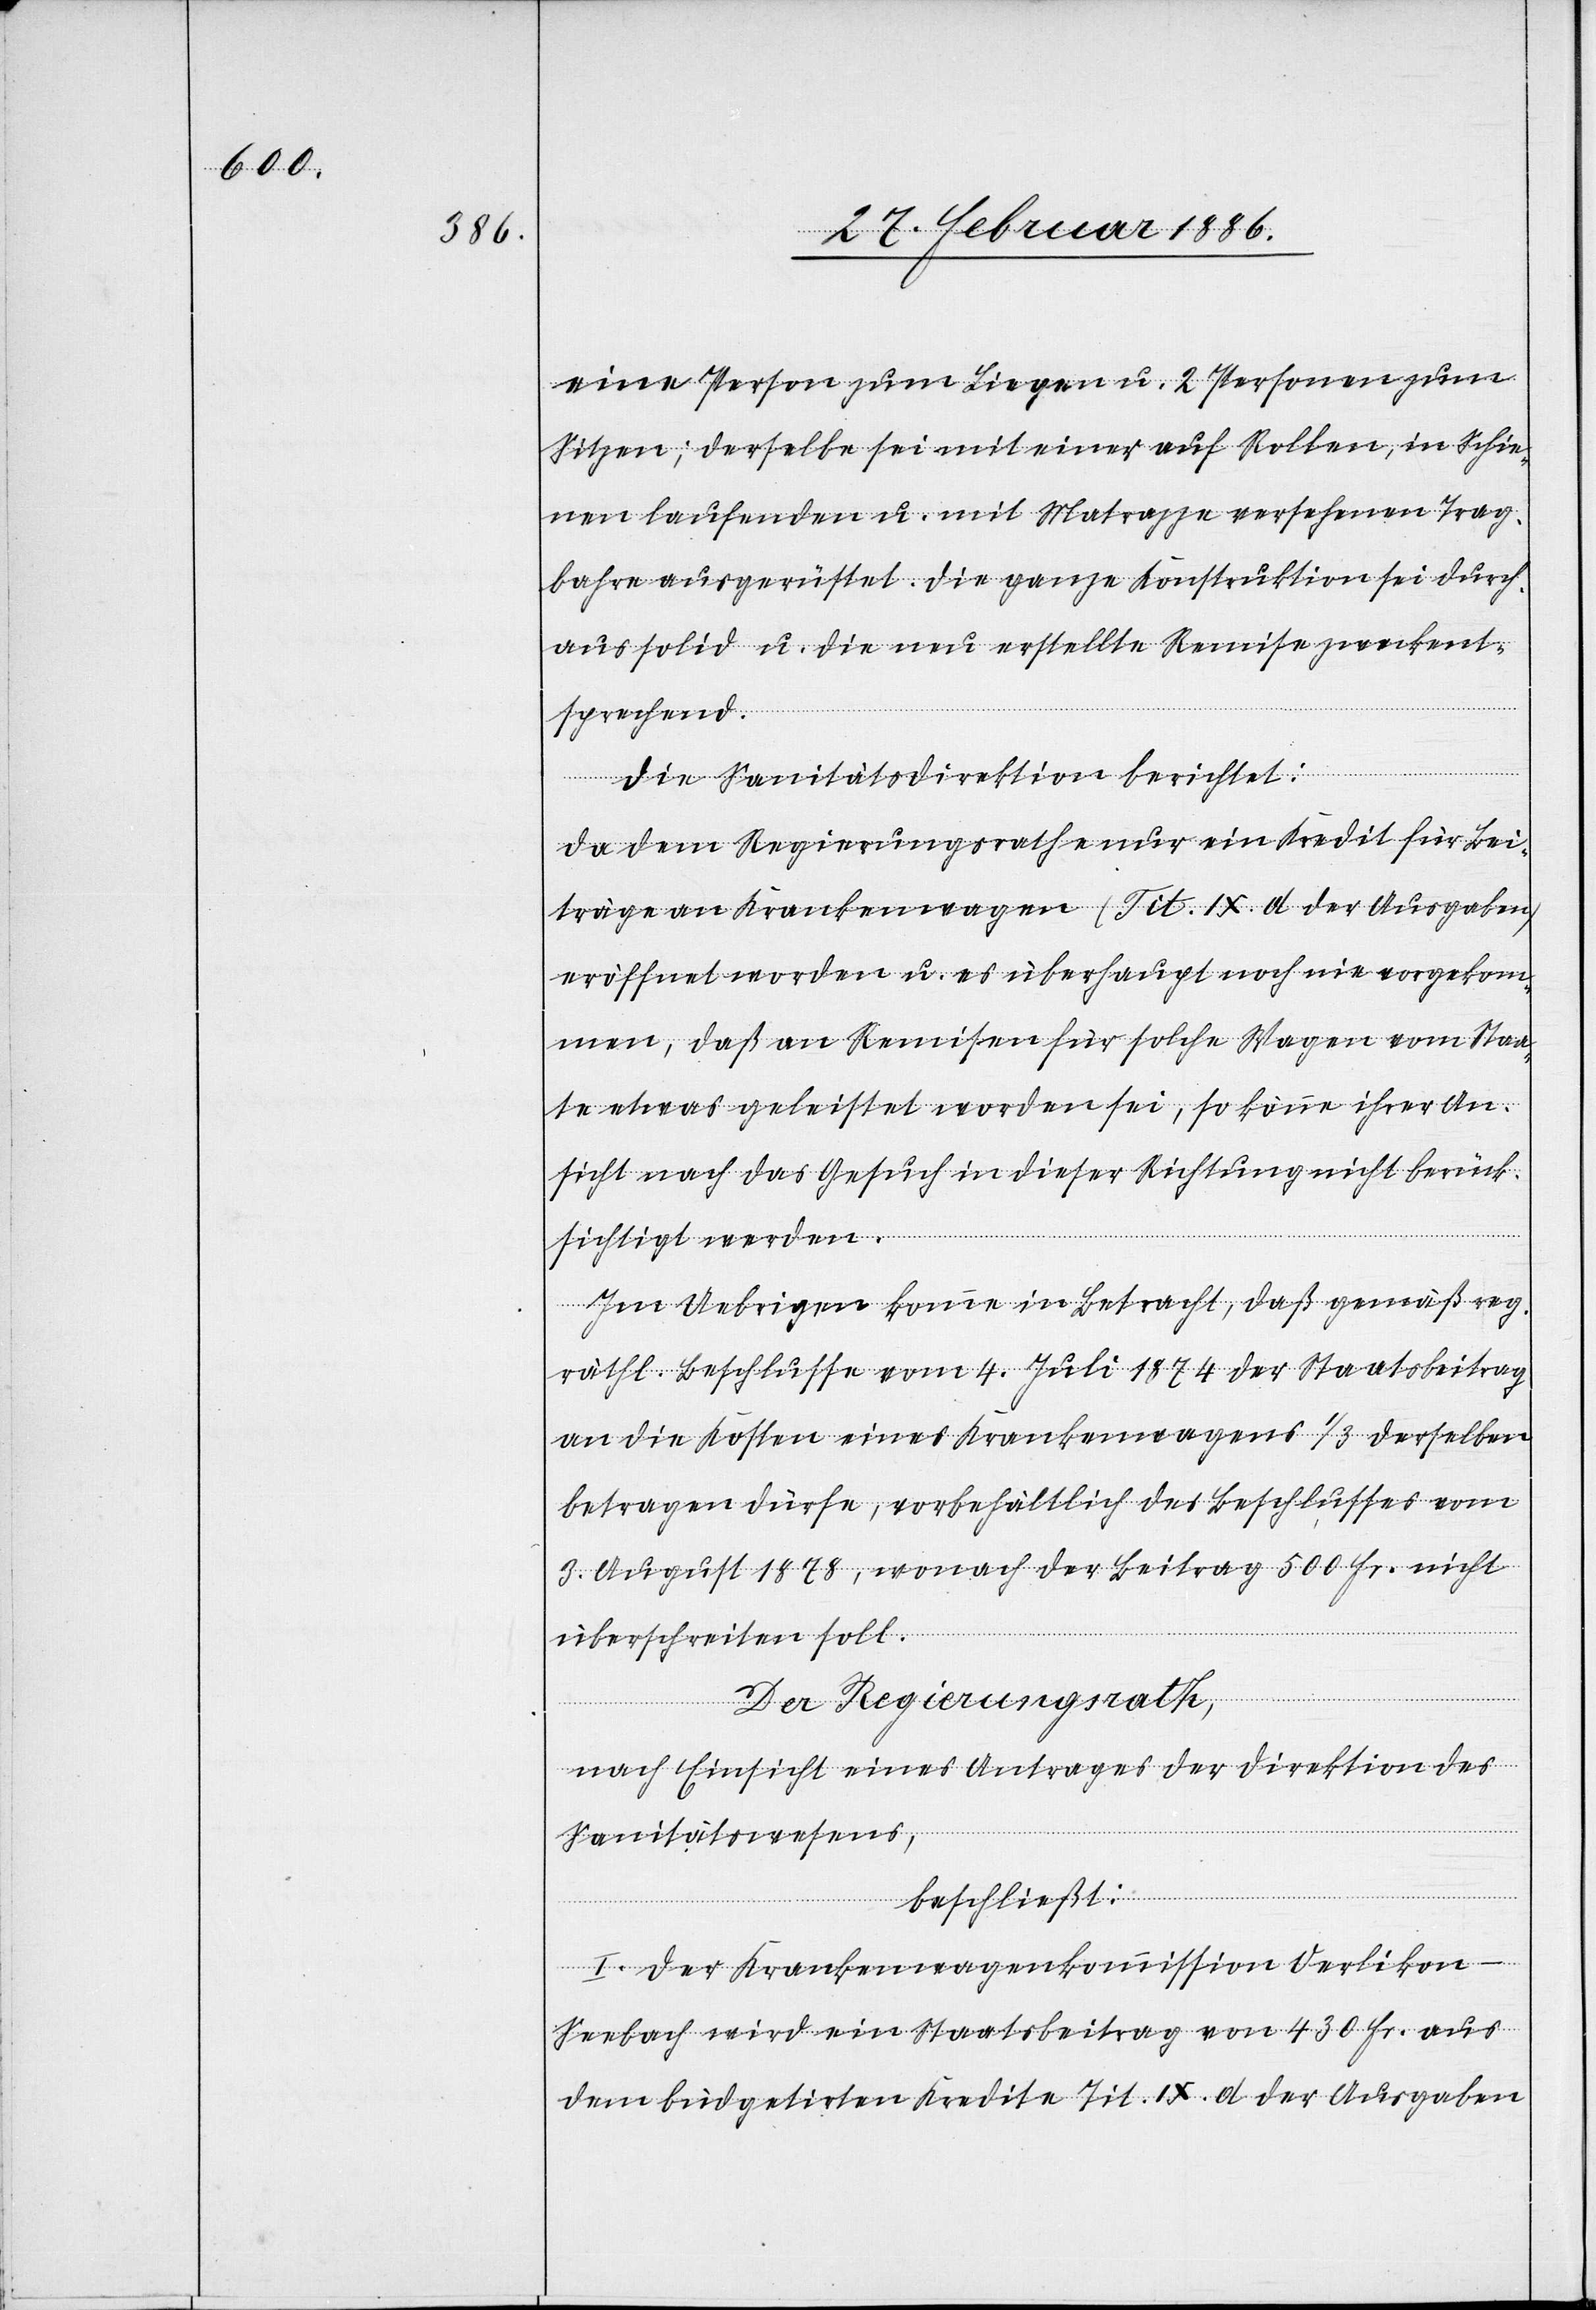
eine Person zum Liegen u. 2 Personen zum
Sitzen; derselbe sei mit einer auf Rollen, in Schie¬
nen laufenden u. mit Matrazze versehenen Trag¬
baren ausgerüstet. Die ganze Konstruktion sei durch¬
aus solid u. die neu erstellte Remise zweckent¬
sprechend.
Die Sanitätsdirektion berichtet:
Da dem Regierungsrathe nur ein Kredit für Bei¬
träge an Krankenwagen (Tit. IX. d der Ausgaben)
eröffnet worden u. es überhaupt noch nie vorgekom¬
men, daß an Remisen für solche Wagen vom Staa¬
te etwas geleistet worden sei, so könne ihrer An¬
sicht nach das Gesuch in dieser Richtung nicht berück¬
sichtigt werden.
Im Uebrigen komme in Betracht, daß gemäß reg.
räthl. Beschlusse vom 4. Juli 1874 der Staatsbeitrag
an die Kosten eines Krankenwagens 1/3 derselben
betragen dürfe, vorbehältlich des Beschlusses vom
3. August 1878, wonach der Beitrag 500 Fr. nicht
überschreiten soll.
Der Regierungsrath,
nach Einsicht eines Antrages der Direktion des
Sanitätswesens,
beschließt:
I. Der Krankenwagenkommission Oerlikon-S¬
eebach wird ein Staatsbeitrag von 430 Fr. aus
dem büdgetirten Kredite Tit. IX. d. der Ausgaben